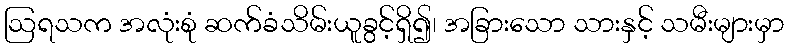
ဩရသက အလုံးစုံ ဆက်ခံသိမ်းယူခွင့်ရှိ၍၊ အခြားသော သားနှင့် သမီးများမှာ